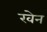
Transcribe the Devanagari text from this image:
रवेन